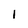
Character: 1